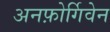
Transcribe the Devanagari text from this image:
अनफ़ोर्गिवेन